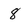
Character: 8